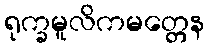
ရုက္ခမူလိကမတ္တေန